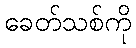
ခေတ်သစ်ကို